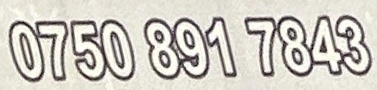
0750 891 7843